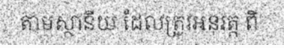
តាមស្ថានីយ ដែលត្រូវអនុវត្ត ពី